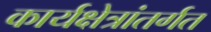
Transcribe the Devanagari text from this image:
कार्यक्षेत्रांतर्गत